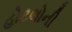
હોટલોની